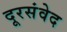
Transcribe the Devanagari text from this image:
दूरसंवेद